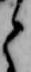
と